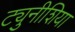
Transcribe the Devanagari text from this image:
ट्युनीशिया